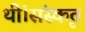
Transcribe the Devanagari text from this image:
थीं।संस्कृत